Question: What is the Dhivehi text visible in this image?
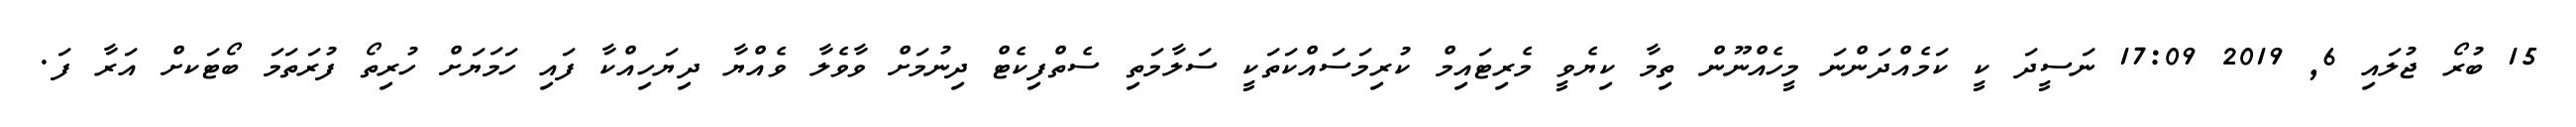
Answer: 15 ބުރޯ ޖުލައި 6, 2019 17:09 ނަސީދަ ކީ ކަމެއްދަންނަ މީހެއްނޫން ތިމާ ކިޔެވީ މެރިޓައިމް ކުރިމަސައްކަތަކީ ސަލާމަތި ސެތްފިކެޓް ދިނުމަށް ވާވެލާ ވެއްޔާ ދިޔަހިއްކާ ފައި ހަމަޔަށް ހުރިތޯ ފުރަތަމަ ބޯޓަކށް އަރާ ފަ.